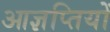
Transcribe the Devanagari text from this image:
आज्ञप्तियों